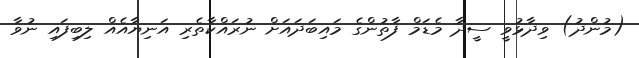
(މުންދު) ވިދާޅުވީ ސީދާ މެޑަމް ފާތުންގެ މައިބަދައަށް ނުރައްކާތެރި އަނިޔާއެއް ލިބިފައި ނުވާ